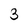
Character: 3